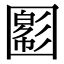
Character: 𡈪